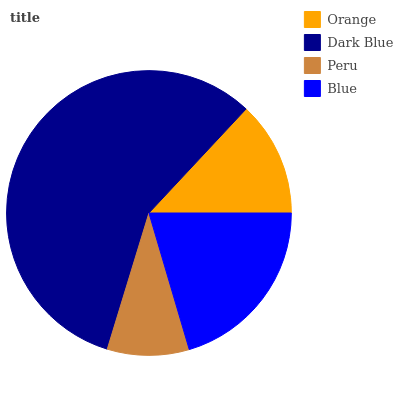
| Orange | Dark Blue | Peru | Blue |
 | --- | --- | --- | --- |
 | 13.1% | 57.3% | 9.28% | 20.4% |